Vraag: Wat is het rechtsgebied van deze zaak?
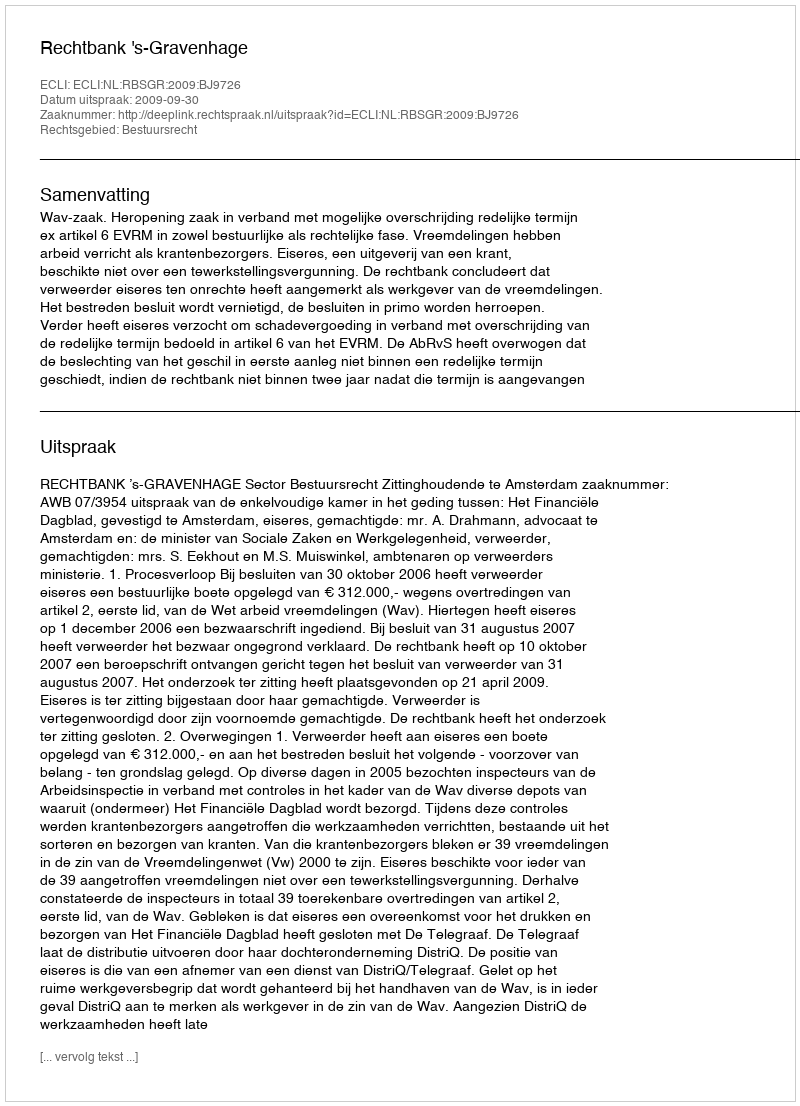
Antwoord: Bestuursrecht